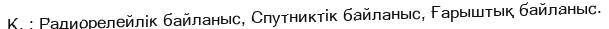
Қ. : Радиорелейлік байланыс, Спутниктік байланыс, Ғарыштық байланыс.